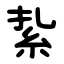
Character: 紥